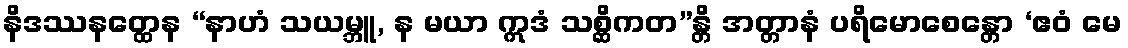
နိဒဿနတ္ထေန “နာဟံ သယမ္ဘူ, န မယာ ဣဒံ သစ္ဆိကတ”န္တိ အတ္တာနံ ပရိမောစေန္တော ‘ဧဝံ မေ